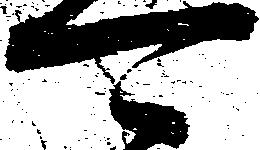
可